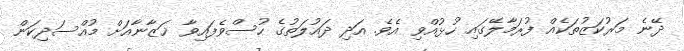
ދޭނެ މަރުކަޒުތަކެއް ފުރަމާލޭގައި ހުޅުއްވި އެވެ. އަދި ދައުލަތުގެ ހުސްވެފައިވާ ޚަޒާނާއަށް މުއްސަދިކަން